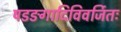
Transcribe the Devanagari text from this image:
षडङगादिविवर्जितः